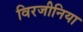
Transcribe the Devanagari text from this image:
विरजीनिया